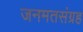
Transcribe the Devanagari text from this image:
जनमतसंग्रह